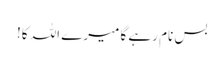
بس نام رہے گا میرے اللہ کا!